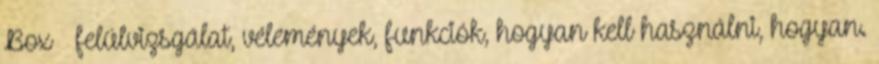
Box – felülvizsgálat, vélemények, funkciók, hogyan kell használni, hogyan.